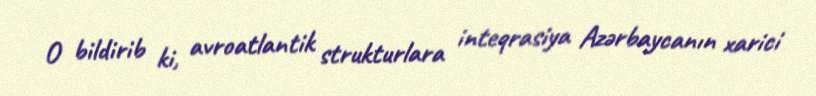
O bildirib ki, avroatlantik strukturlara inteqrasiya Azərbaycanın xarici